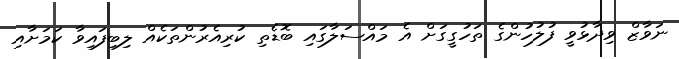
ނަވާޒް ވިދާޅުވީ ފުލުހުންގެ ތަހުގީގަށް އެ މައްސަލާގައި ބޮޑެތި ކުރިއެރުންތަކެއް ލިބިފައިވާ ކަމަށާއި